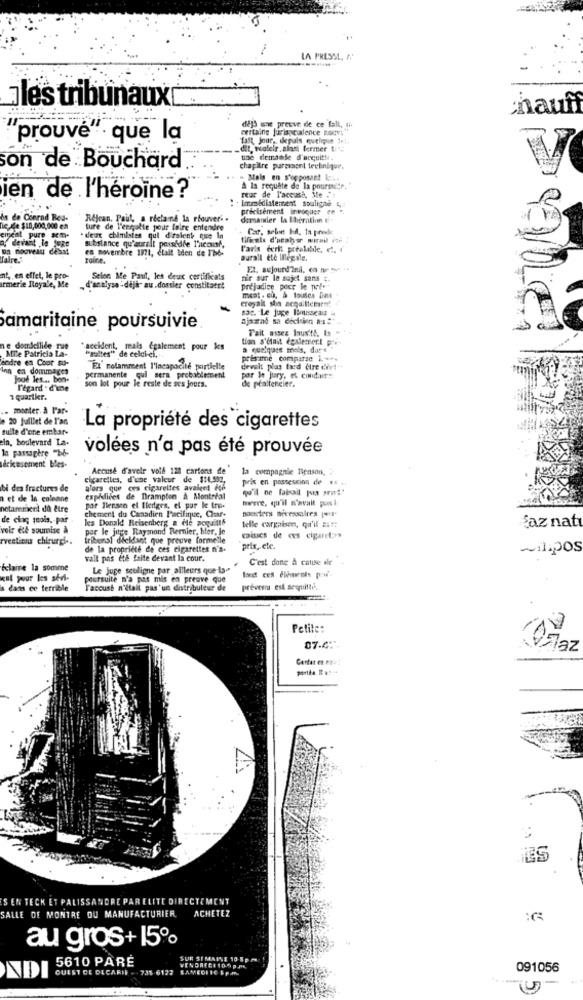
LA PRESML, W.
oles tribunauxt
naun
dejo une preuve de ce fall,
certaine Jurisprudence Rodvt
prouvé" que la
fast Jour, depuis quelque fet.
dit, vealelr. alnce fermer try
une demande d'acquitte.
on de Bouchard
chapitre puressont teeliniqur.
- Mals en s'opposant Lata
A la requête de la poursuite."
ien de l'héroïne?
Immédiatement souligne 4 ,-
reur de l'accusi, Me "
précisément invoquer en
is de Conrad Bed.
Rejcan. Paul, a ricians la rfouver. .
dersamler la theration e.
nic, de $10,000,000 en
ture de l'enmalte pour faire entendre
Cat, soloint Id. la prvek
event pure acm-
. deux chimistes qui diralenk que In
filiale d'ocahar wirmil ine
of devant le mas
substance qu'aurait pensidle T'acour,
en novembre 1971, était bden de T'bb-
l'aris derit prealiide, e.
faire."
Toire.
ourall ete ilreale.
Et. sejourd'ini. ca hue spe **
nt, en effet, le p
armerie Royale, Me
Selon Me Paul, les deux certificats
mir sur le sujet sans c.
, d'actlyse -déjà au.dossier constitatt
prejudice pour le pole
croyait sha acqallement
meat . cu, & toutes Dins
sae. Le juge Iboisseau i
Samaritaine poursuivie
Tait assez Inusité, ba --
tion s'était également pre
nie domicilide que
MTe Patricia La-
"accident, mais également pour les
Andre en Coor su-
"galtes" de celui-ci ...
prisime comparse i ...
Inn en dommages
"EL' notamment l'incapacité partielle
develt plas fred Cire dirt++
Jood les ... bon-
permanente qui sera probablement
por le jury, et condur ::
de ptaltencier.
l'égard . d'une
son lot pour le reste de ses jours.
1 quartkr.
. monter à l'ar-
20 juillet de l'an
sulle d'une embar-
La propriété des cigarettes
ein, boulevard La.
la passagère "
volées n'a pas été prouvée
dekusement bles-
Accuse d'avele voll 128 cartons de
la compagnie Tienson,
cigarettes, d'une valeur de $11.592,
pris en possessing de 15 .
bi des fractures de
alors que ces cigarettes avalent fon
qu'il ne faisait pua som !!
et de la colonne
expldices de Brampton & Montrial
bwvre, qu'il n'avait pues i
notarenicri dû être
por Ilensen el Elediges, el pur le tro-
chement du Canadien Pacifique, Char-
moeders niceasulres el
de cinq mois, par
les Donald Reisenberg & Me aoquilts
telle cargaison, qu'il ait:
Saz natı
voir est soumise À
par le juge Raymond Bernier, hler, Je
rvestions chirurgi ..
tribunal dieidant que preuve formelle
de la propriété de ces cigarettes n'a-
prix, etc.
Milipos
valt pas et& faite devant la cour.
C'est done & cause ile
éclaire la somme
Le juge seuligne par allleurs que-la- "
kent pour les stil-
poursuite n'a pas mis en preuve que
s'dans ce terrible
Faccusé n'était pas'un distributeur de
prévenu est sequitte.
.......
Petite:
07.4 .-
ES
S EN TECK ET PALISSANDRE PAR ELITE DIRECTEMENT
ACHETEZ
SALLE DE MONTRE OU MANUFACTURIER
au gros+15%
5610 PARE
SUR SEMAINE 105pm
QUEST CE DECARIF - 735-6122 SAMEDIIC & P.m.
091056
NDI